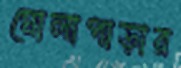
ঘোলাপাড়ার